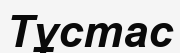
Тұстас